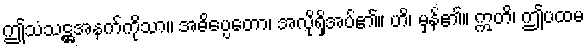
ဤသံသဋ္ဌအနက်ကိုသာ။ အဓိပ္ပေတော၊ အလိုရှိအပ်၏။ ဟိ၊ မှန်၏။ ဣတိ၊ ဤပထမ